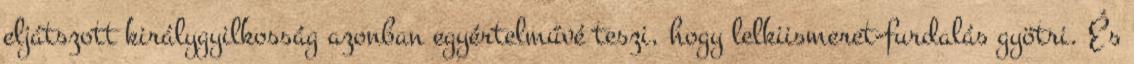
eljátszott királygyilkosság azonban egyértelművé teszi, hogy lelkiismeret-furdalás gyötri. És